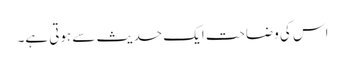
اس کی وضاحت ایک حدیث سے ہوتی ہے۔